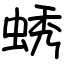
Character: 蜏